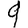
Digit: 9